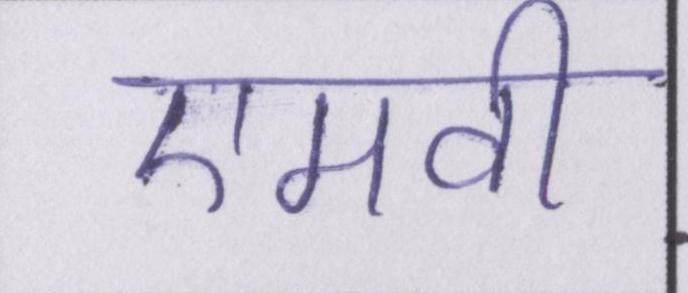
एमवी